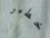
خطير